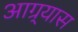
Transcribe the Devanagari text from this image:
आग्र्यास